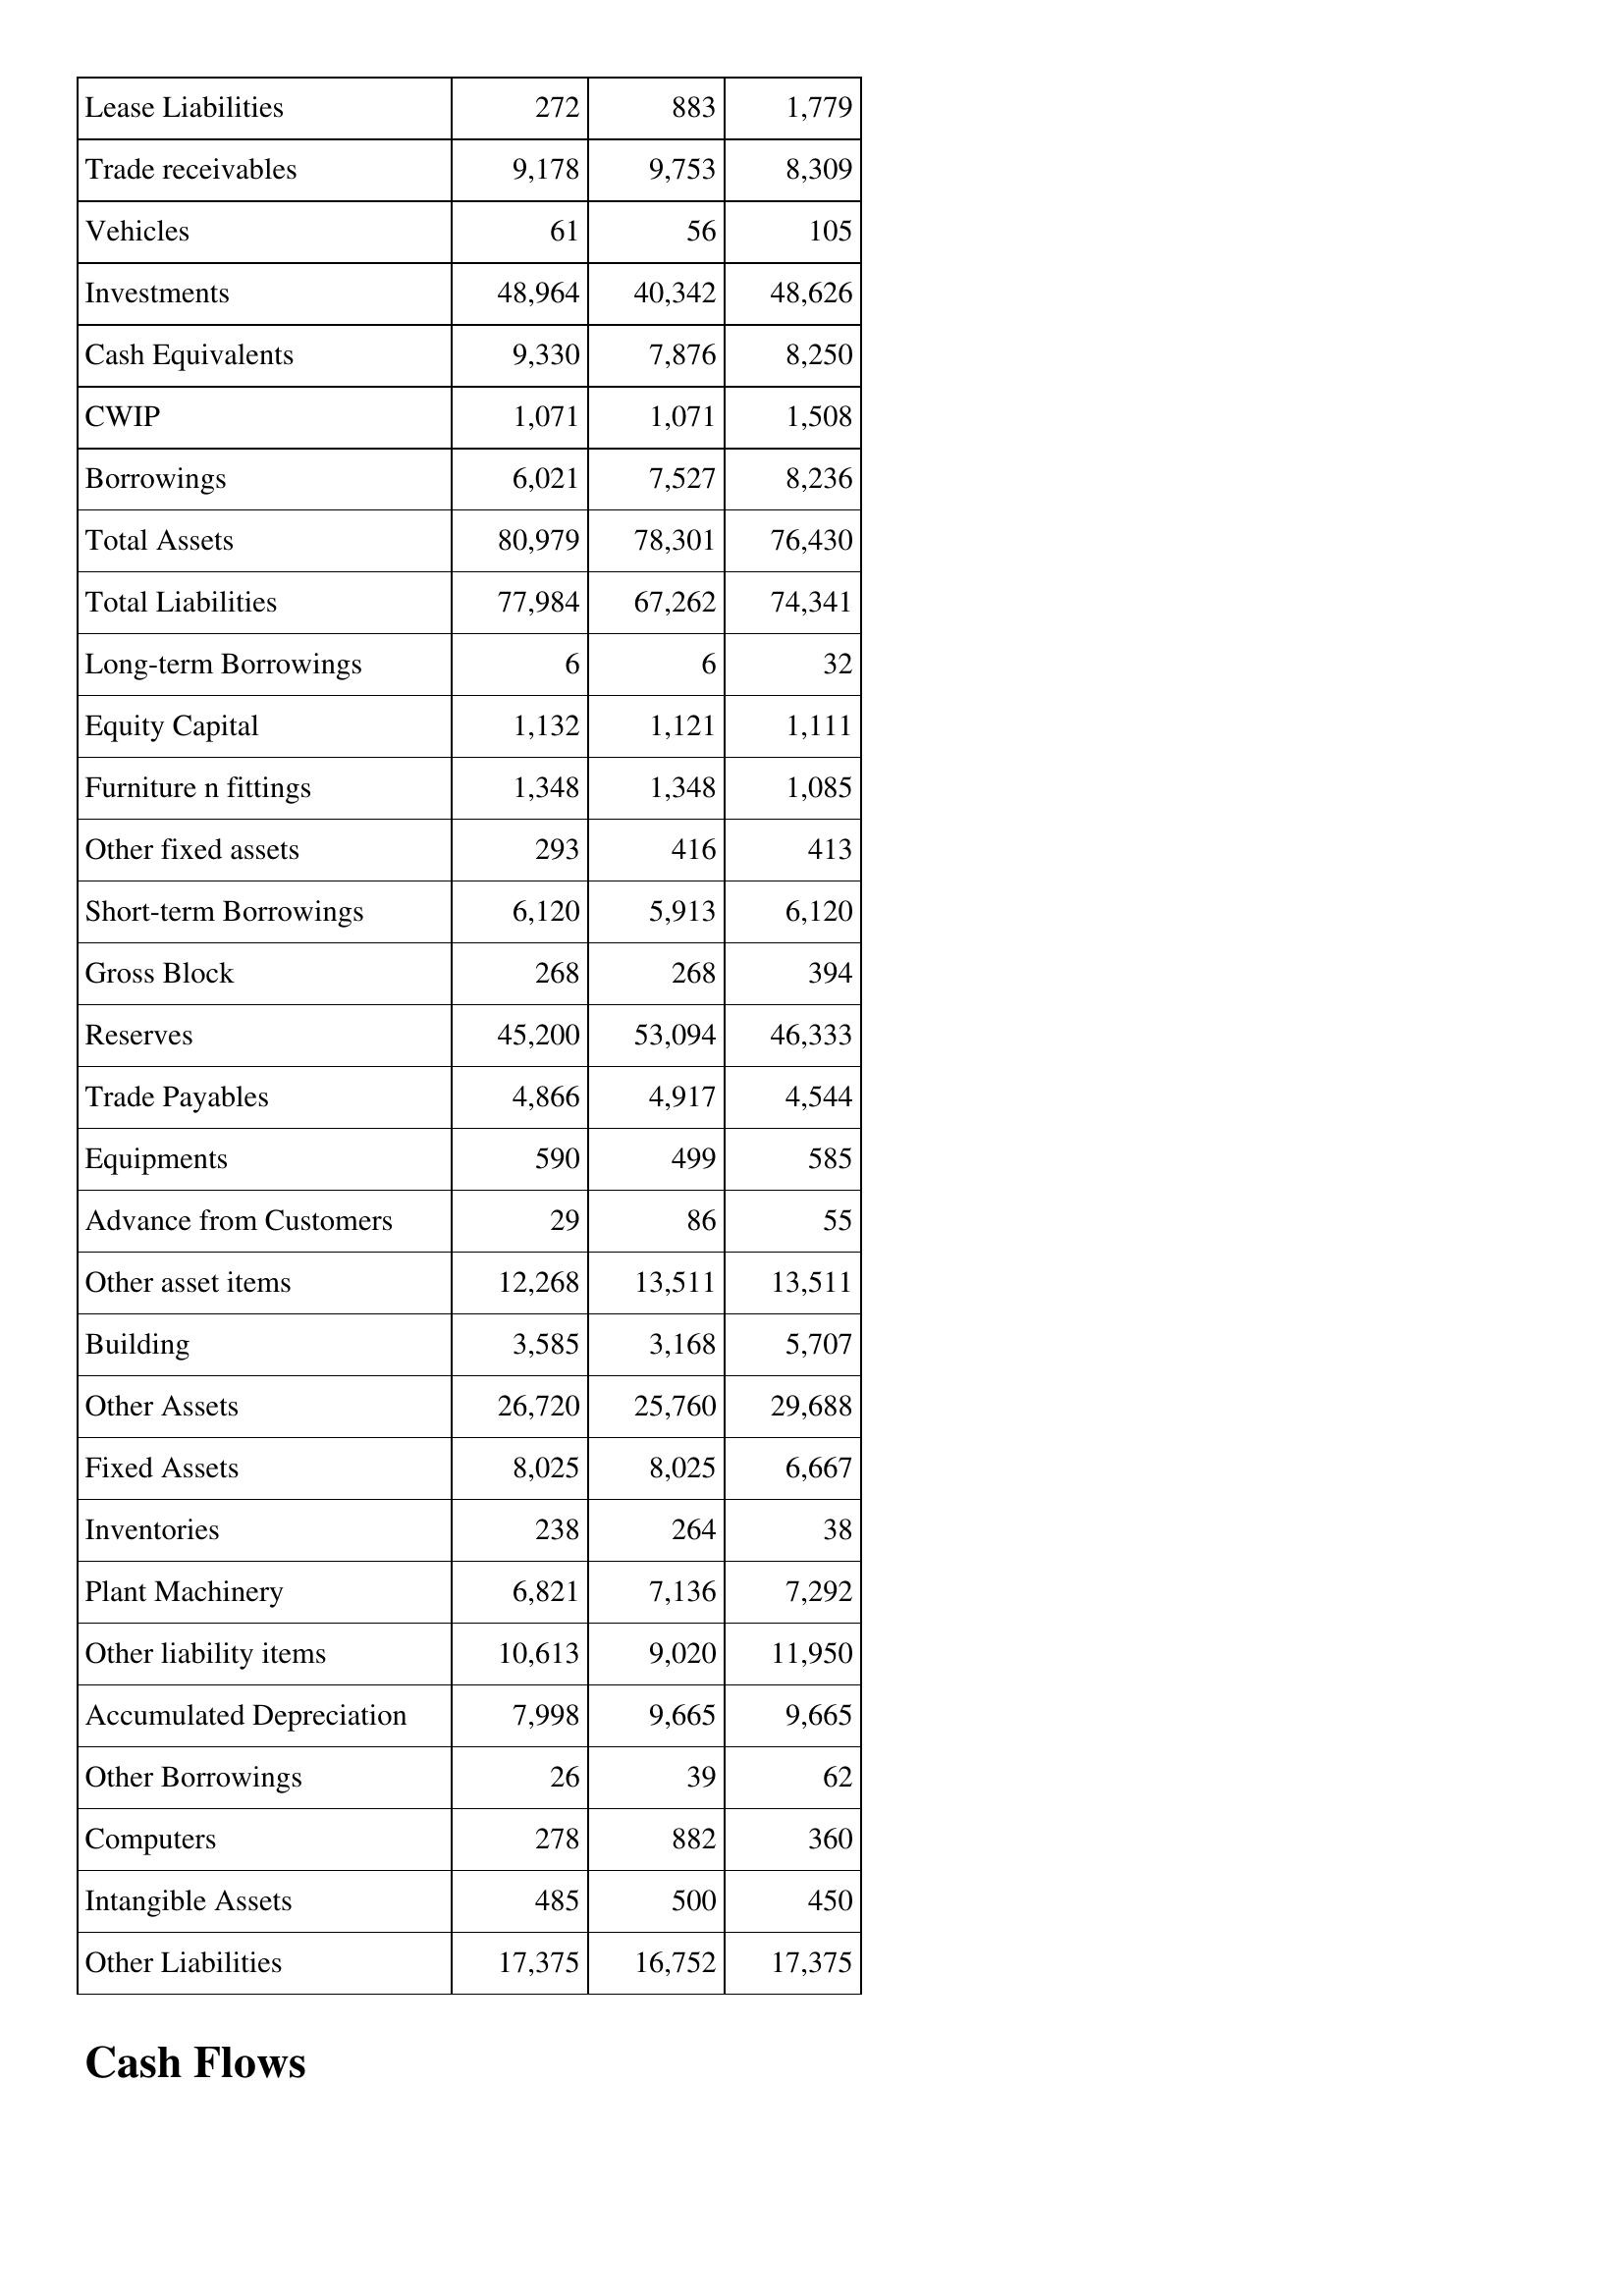
Aug-15: Balance Sheet: Lease Liabilities: 272
Trade receivables: 9,178
Vehicles: 61
Investments: 48,964
Cash Equivalents: 9,330
CWIP: 1,071
Borrowings: 6,021
Total Assets: 80,979
Total Liabilities: 77,984
Long-term Borrowings: 6
Equity Capital: 1,132
Furniture n fittings: 1,348
Other fixed assets: 293
Short-term Borrowings: 6,120
Gross Block: 268
Reserves: 45,200
Trade Payables: 4,866
Equipments: 590
Advance from Customers: 29
Other asset items: 12,268
Building: 3,585
Other Assets: 26,720
Fixed Assets: 8,025
Inventories: 238
Plant Machinery: 6,821
Other liability items: 10,613
Accumulated Depreciation: 7,998
Other Borrowings: 26
Computers: 278
Intangible Assets: 485
Other Liabilities: 17,375
Aug-16: Balance Sheet: Lease Liabilities: 883
Trade receivables: 9,753
Vehicles: 56
Investments: 40,342
Cash Equivalents: 7,876
CWIP: 1,071
Borrowings: 7,527
Total Assets: 78,301
Total Liabilities: 67,262
Long-term Borrowings: 6
Equity Capital: 1,121
Furniture n fittings: 1,348
Other fixed assets: 416
Short-term Borrowings: 5,913
Gross Block: 268
Reserves: 53,094
Trade Payables: 4,917
Equipments: 499
Advance from Customers: 86
Other asset items: 13,511
Building: 3,168
Other Assets: 25,760
Fixed Assets: 8,025
Inventories: 264
Plant Machinery: 7,136
Other liability items: 9,020
Accumulated Depreciation: 9,665
Other Borrowings: 39
Computers: 882
Intangible Assets: 500
Other Liabilities: 16,752
Aug-17: Balance Sheet: Lease Liabilities: 1,779
Trade receivables: 8,309
Vehicles: 105
Investments: 48,626
Cash Equivalents: 8,250
CWIP: 1,508
Borrowings: 8,236
Total Assets: 76,430
Total Liabilities: 74,341
Long-term Borrowings: 32
Equity Capital: 1,111
Furniture n fittings: 1,085
Other fixed assets: 413
Short-term Borrowings: 6,120
Gross Block: 394
Reserves: 46,333
Trade Payables: 4,544
Equipments: 585
Advance from Customers: 55
Other asset items: 13,511
Building: 5,707
Other Assets: 29,688
Fixed Assets: 6,667
Inventories: 38
Plant Machinery: 7,292
Other liability items: 11,950
Accumulated Depreciation: 9,665
Other Borrowings: 62
Computers: 360
Intangible Assets: 450
Other Liabilities: 17,375